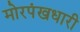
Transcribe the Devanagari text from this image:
मोरपंखधारी